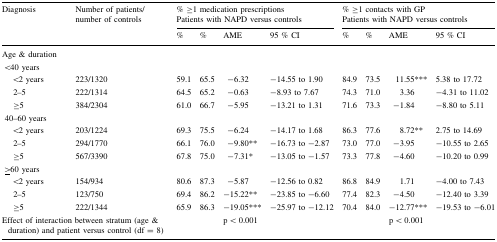
| <ROWSPAN=2> Diagnosis | <ROWSPAN=2> Number of patients/number of controls | <COLSPAN=4> % ≥1 medication prescriptionsPatients with NAPD versus controls | <COLSPAN=4> % ≥1 contacts with GPPatients with NAPD versus controls |
 | % | % | AME | 95 % CI | % | % | AME | 95 % CI |
 | --- | --- | --- | --- | --- | --- | --- | --- | --- | --- |
 | <COLSPAN=10> Age & duration |
 | <COLSPAN=10> <40 years |
 | <2 years | 223/1320 | 59.1 | 65.5 | −6.32 | −14.55 to 1.90 | 84.9 | 73.5 | 11.55*** | 5.38 to 17.72 |
 | 2–5 | 222/1314 | 64.5 | 65.2 | −0.63 | −8.93 to 7.67 | 74.3 | 71.0 | 3.36 | −4.31 to 11.02 |
 | ≥5 | 384/2304 | 61.0 | 66.7 | −5.95 | −13.21 to 1.31 | 71.6 | 73.3 | −1.84 | −8.80 to 5.11 |
 | <COLSPAN=10> 40–60 years |
 | <2 years | 203/1224 | 69.3 | 75.5 | −6.24 | −14.17 to 1.68 | 86.3 | 77.6 | 8.72** | 2.75 to 14.69 |
 | 2–5 | 294/1770 | 66.1 | 76.0 | −9.80** | −16.73 to −2.87 | 73.0 | 77.0 | −3.95 | −10.55 to 2.65 |
 | ≥5 | 567/3390 | 67.8 | 75.0 | −7.31* | −13.05 to −1.57 | 73.3 | 77.8 | −4.60 | −10.20 to 0.99 |
 | <COLSPAN=10> <underline>></underline>60 years |
 | <2 years | 154/934 | 80.6 | 87.3 | −5.87 | −12.56 to 0.82 | 86.8 | 84.9 | 1.71 | −4.00 to 7.43 |
 | 2–5 | 123/750 | 69.4 | 86.2 | −15.22** | −23.85 to −6.60 | 77.4 | 82.3 | −4.50 | −12.40 to 3.39 |
 | ≥5 | 222/1344 | 65.9 | 86.3 | −19.05*** | −25.97 to −12.12 | 70.4 | 84.0 | −12.77*** | −19.53 to −6.01 |
 | <COLSPAN=2> Effect of interaction between stratum (age & duration) and patient versus control (df = 8) |  |  | p < 0.001 |  |  |  | p < 0.001 |  |